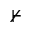
\nvdash